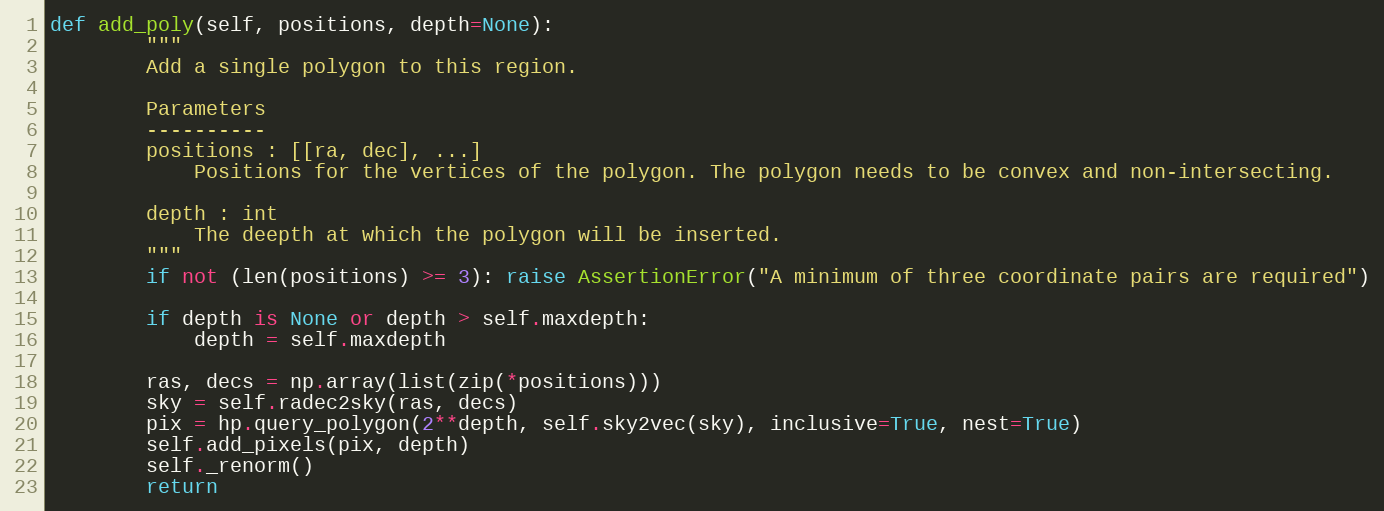
Language: Python
def add_poly(self, positions, depth=None):
        """
        Add a single polygon to this region.

        Parameters
        ----------
        positions : [[ra, dec], ...]
            Positions for the vertices of the polygon. The polygon needs to be convex and non-intersecting.

        depth : int
            The deepth at which the polygon will be inserted.
        """
        if not (len(positions) >= 3): raise AssertionError("A minimum of three coordinate pairs are required")

        if depth is None or depth > self.maxdepth:
            depth = self.maxdepth

        ras, decs = np.array(list(zip(*positions)))
        sky = self.radec2sky(ras, decs)
        pix = hp.query_polygon(2**depth, self.sky2vec(sky), inclusive=True, nest=True)
        self.add_pixels(pix, depth)
        self._renorm()
        return